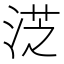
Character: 𣷸